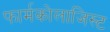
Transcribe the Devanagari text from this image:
फार्मकोलाजिस्ट